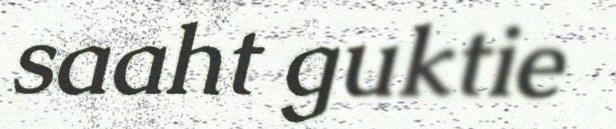
saaht guktie